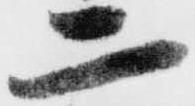
二